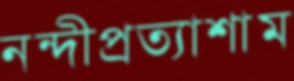
নন্দীপ্রত্যাশাম